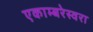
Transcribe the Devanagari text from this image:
एकाम्बरेस्वरा